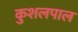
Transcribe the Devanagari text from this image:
कुशलपाल